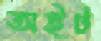
অইট